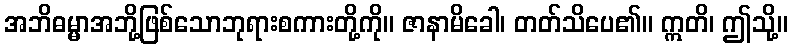
အဘိဓမ္မာအဘို့ဖြစ်သောဘုရားစကားတို့ကို။ ဇာနာမိခေါ၊ တတ်သိပေ၏။ ဣတိ၊ ဤသို့။